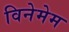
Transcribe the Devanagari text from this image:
विनेमेम